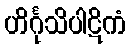
ဟိင်္ဂုသိပါဋိကံ